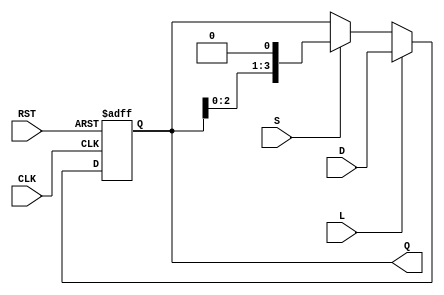
module ShiftRegister (
    input wire [3:0] D,         // 4-bit data input
    input wire S,               // Shift control
    input wire L,               // Load control
    input wire CLK,             // Clock signal
    input wire RST,             // Asynchronous reset
    output reg [3:0] Q          // 4-bit output
);

// Shift Register Logic
always @(posedge CLK or posedge RST) begin
    if (RST) begin
        // Asynchronous reset
        Q <= 4'b0000;           // Reset output to 0
    end else if (L) begin
        // Load mode
        Q <= D;                 // Load new data
    end else if (S) begin
        // Shift mode
        Q <= {Q[2:0], 1'b0};    // Shift left and fill with 0
    end
    // If neither load nor shift is active, Q remains unchanged (idle state)
end

endmodule